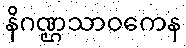
နိဂဏ္ဌသာဝကေန